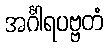
အင်္ဂါရပဗ္ဗတံ